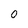
Character: 0